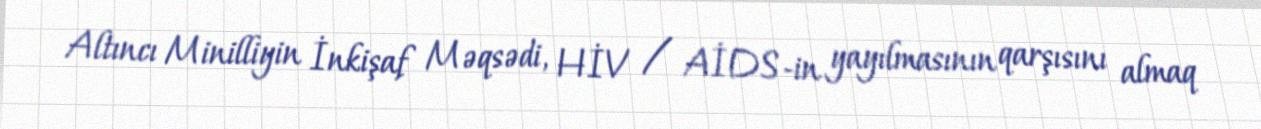
Altıncı Minilliyin İnkişaf Məqsədi, HİV / AİDS-in yayılmasının qarşısını almaq